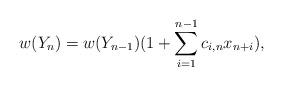
LaTeX: \begin{align*}w(Y_n)=w(Y_{n-1})(1+\sum_{i=1}^{n-1}c_{i,n}x_{n+i}),\end{align*}